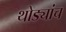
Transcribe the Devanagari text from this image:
थोड्यांच